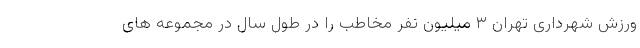
ورزش شهرداری تهران ۳ میلیون نفر مخاطب را در طول سال در مجموعه های